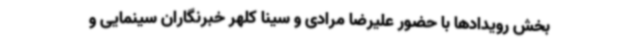
بخش رویدادها با حضور علیرضا مرادی و سینا کلهر خبرنگاران سینمایی و